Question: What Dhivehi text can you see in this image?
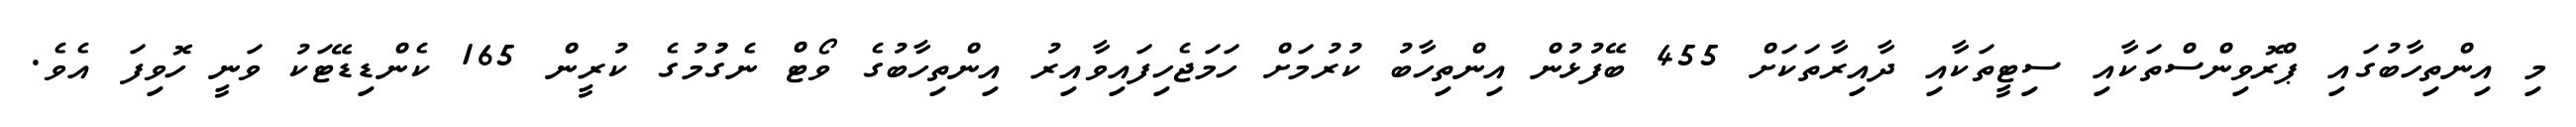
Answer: މި އިންތިހާބުގައި ޕްރޮވިންސްތަކާއި ސިޓީތަކާއި ދާއިރާތަކަށް 455 ބޭފުޅުން އިންތިހާބު ކުރުމަށް ހަމަޖެހިފައިވާއިރު އިންތިހާބުގެ ވޯޓް ނެގުުމުގެ ކުރީން 165 ކެންޑިޑޭޓަކު ވަނީ ހޮވިފަ އެވެ.